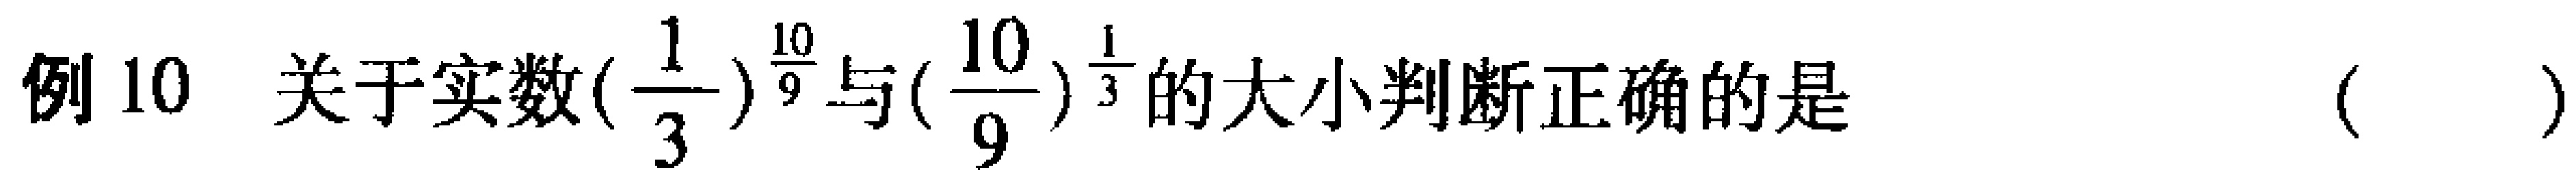
例 10  关于实数$(\frac{1}{3})^{\frac{10}{9}}$与$(\frac{10}{9})^{\frac{1}{3}}$的大小判断正确的是  (   )